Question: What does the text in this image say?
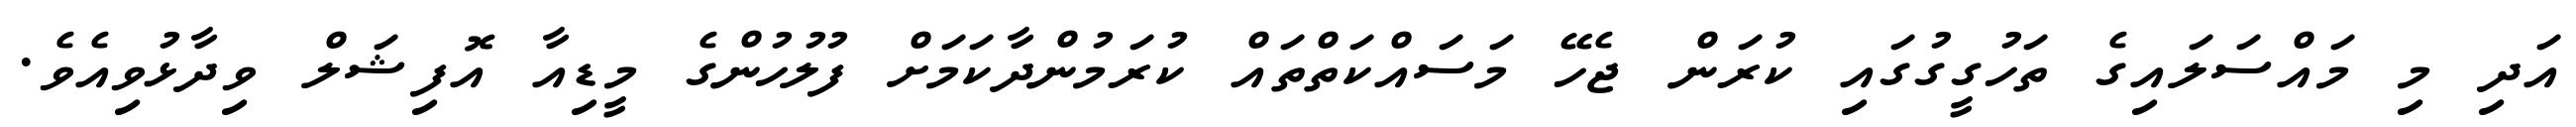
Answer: އަދި މި މައްސަލައިގެ ތަހުގީގުގައި ކުރަން ޖެހޭ މަސައްކަތްތައް ކުރަމުންދާކަމަށް ފުލުހުންގެ މީޑިއާ އޮފިޝަލް ވިދާޅުވިއެވެ.